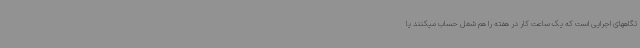
تگاههای اجرایی است که یک ساعت کار در هفته را هم شغل حساب میکنند یا